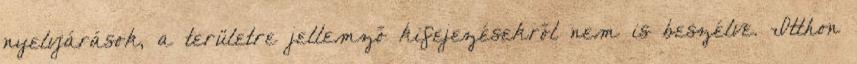
nyelvjárások, a területre jellemző kifejezésekről nem is beszélve. Itthon